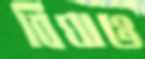
বিঘাও